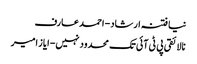
نیا فتنہ ارشاد- احمد عارف
نالائقی پی ٹی آئی تک محدود نہیں- ایاز امیر